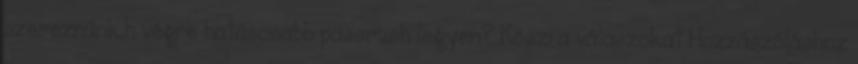
szereznünk,h végre hatásosabb passrush legyen? Köszi a válaszokat Hozzászóláshoz